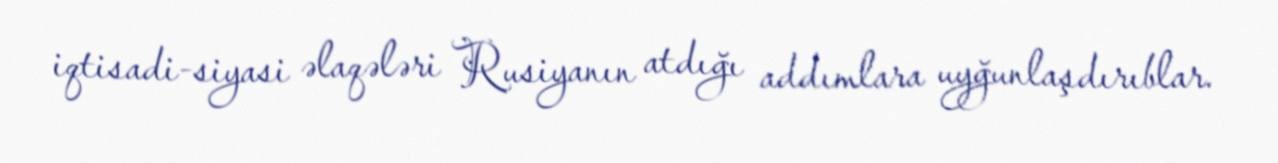
iqtisadi-siyasi əlaqələri Rusiyanın atdığı addımlara uyğunlaşdırıblar.